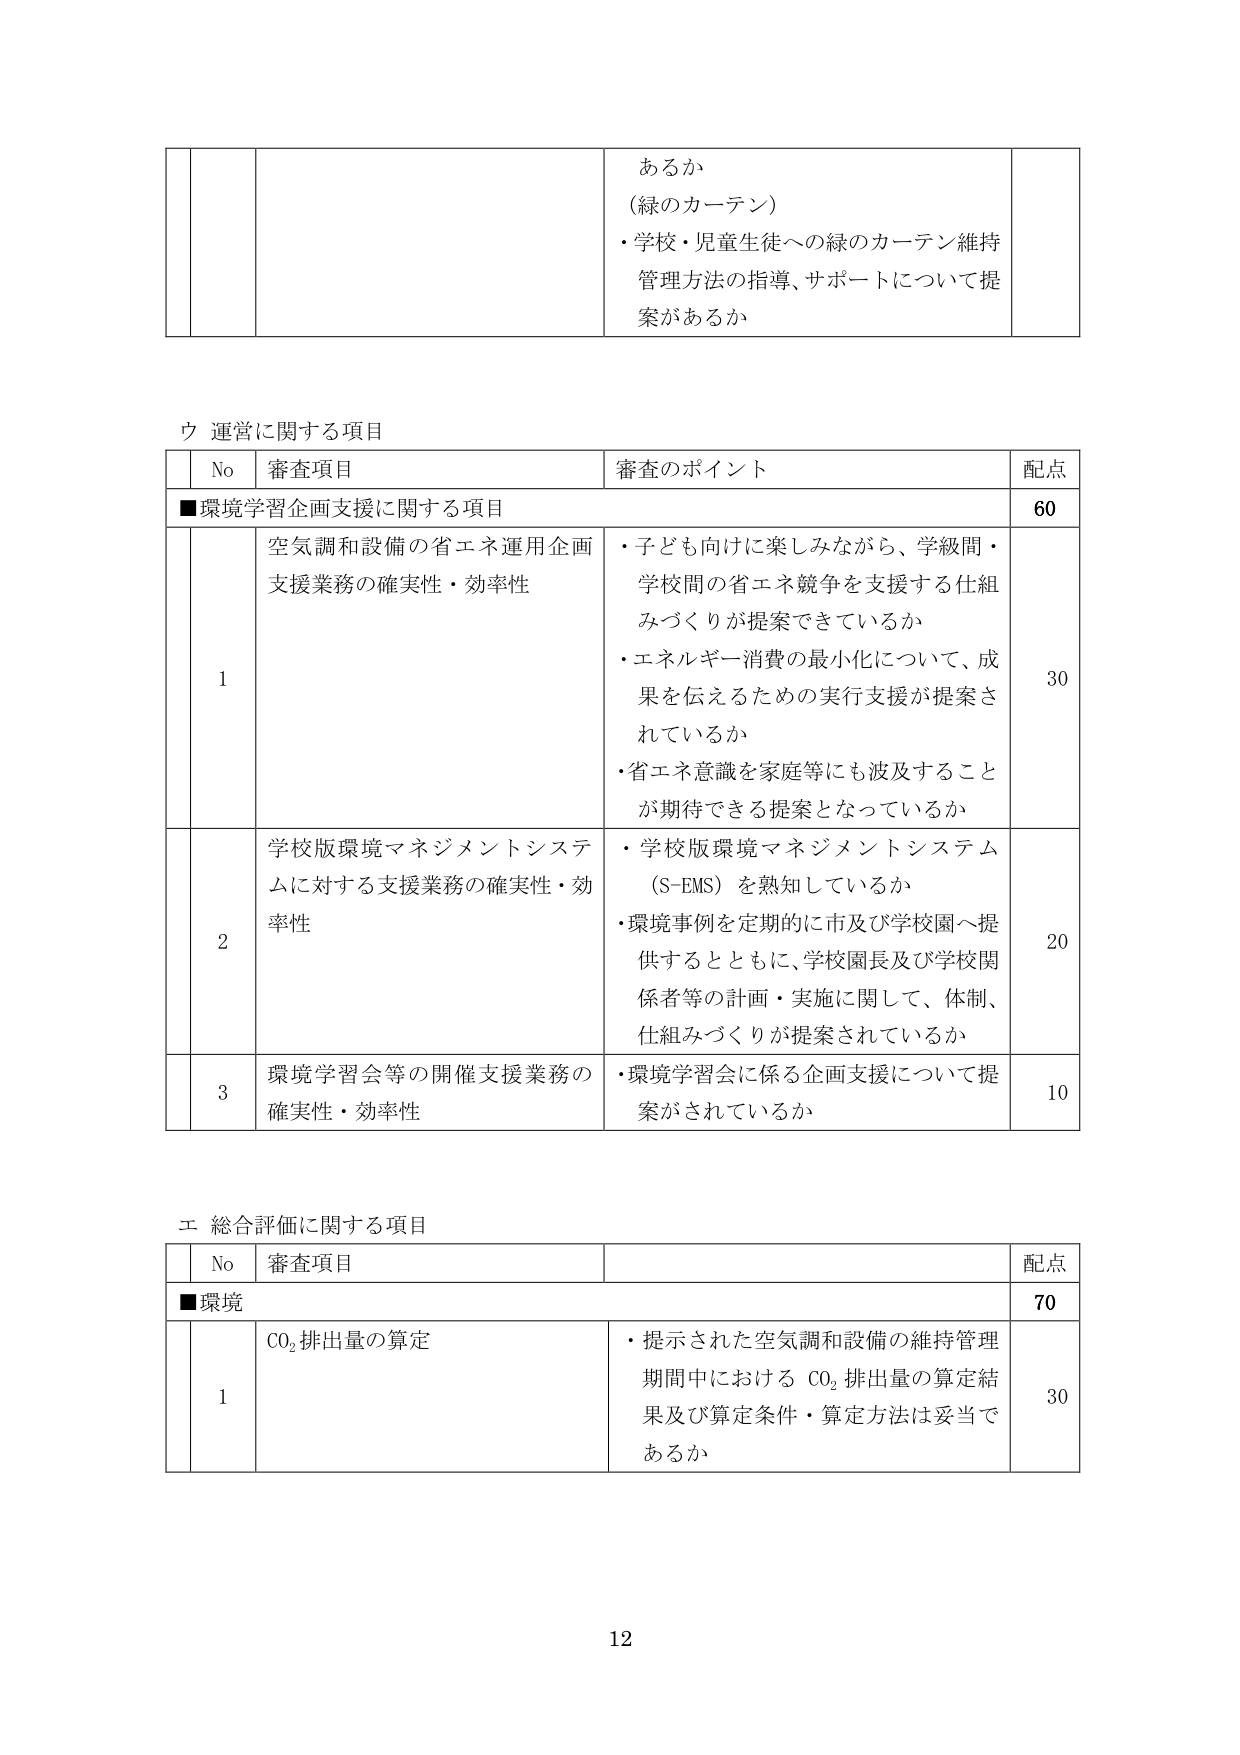
あるか
（緑のカーテン）
・学校・児童生徒への緑のカーテン維持
管理方法の指導、サポートについて提
案があるか

ウ 運営に関する項目

No 審査項目 審査のポイント 配点
■環境学習企画支援に関する項目 60
1 空気調和設備の省エネ運用企画
支援業務の確実性・効率性
・子ども向けに楽しみながら、学級間・
学校間の省エネ競争を支援する仕組
みづくりが提案できているか
・エネルギー消費の最小化について、成
果を伝えるための実行支援が提案さ
れているか
・省エネ意識を家庭等にも波及すること
が期待できる提案となっているか 30
2 学校版環境マネジメントシステム
に対する支援業務の確実性・効
率性
・学校版環境マネジメントシステム
（S-EMS）を熟知しているか
・環境事例を定期的に市及び学校園へ提
供するとともに、学校園長及び学校関
係者等の計画・実施に関して、体制、
仕組みづくりが提案されているか 20
3 環境学習会等の開催支援業務の
確実性・効率性
・環境学習会に係る企画支援について提
案がされているか 10

エ 総合評価に関する項目

No 審査項目 配点
■環境 70
1 CO₂排出量の算定
・提示された空気調和設備の維持管理
期間中における CO₂ 排出量の算定結
果及び算定条件・算定方法は妥当で
あるか 30

12